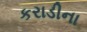
કરાડીના